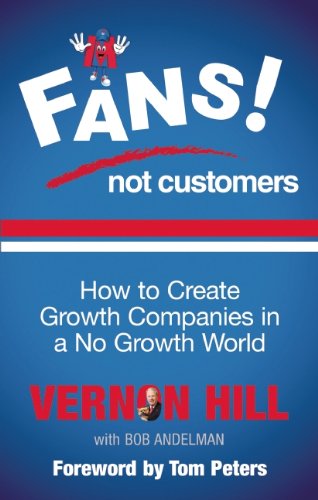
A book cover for Fans Not Customers: How to Create Growth Companies in a No Growth World; Vernon Hill; Business & Money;